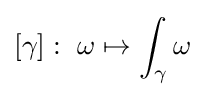
[\gamma ]:\ \omega \mapsto \int _{\gamma }\omega